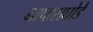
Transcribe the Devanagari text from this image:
नापासघोडे